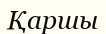
Қаршы